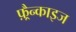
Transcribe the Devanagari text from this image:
फ़्रैन्काइज